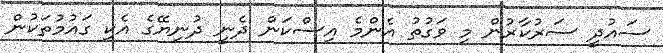
ސައުދީ ސަރުކާރުން މި ވަގުތު އެންމެ އިސްކަން ދެނީ ދުނިޔޭގެ އެކި ގައުމުތަކުން